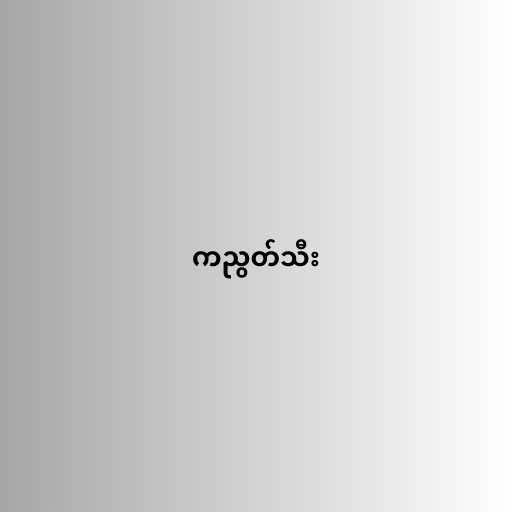
ကညွတ်သီး